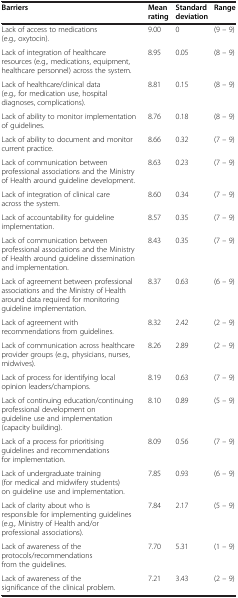
| Barriers | Mean rating | Standard deviation | Range |
 | --- | --- | --- | --- |
 | Lack of access to medications (e.g., oxytocin). | 9.00 | 0 | (9 – 9) |
 | Lack of integration of healthcare resources (e.g., medications, equipment, healthcare personnel) across the system. | 8.95 | 0.05 | (8 – 9) |
 | Lack of healthcare/clinical data (e.g., for medication use, hospital diagnoses, complications). | 8.81 | 0.15 | (8 – 9) |
 | Lack of ability to monitor implementation of guidelines. | 8.76 | 0.18 | (8 – 9) |
 | Lack of ability to document and monitor current practice. | 8.66 | 0.32 | (7 – 9) |
 | Lack of communication between professional associations and the Ministry of Health around guideline development. | 8.63 | 0.23 | (7 – 9) |
 | Lack of integration of clinical care across the system. | 8.60 | 0.34 | (7 – 9) |
 | Lack of accountability for guideline implementation. | 8.57 | 0.35 | (7 – 9) |
 | Lack of communication between professional associations and the Ministry of Health around guideline dissemination and implementation. | 8.43 | 0.35 | (7 – 9) |
 | Lack of agreement between professional associations and the Ministry of Health around data required for monitoring guideline implementation. | 8.37 | 0.63 | (6 – 9) |
 | Lack of agreement with recommendations from guidelines. | 8.32 | 2.42 | (2 – 9) |
 | Lack of communication across healthcare provider groups (e.g., physicians, nurses, midwives). | 8.26 | 2.89 | (2 – 9) |
 | Lack of process for identifying local opinion leaders/champions. | 8.19 | 0.63 | (7 – 9) |
 | Lack of continuing education/continuing professional development on guideline use and implementation (capacity building). | 8.10 | 0.89 | (5 – 9) |
 | Lack of a process for prioritising guidelines and recommendations for implementation. | 8.09 | 0.56 | (7 – 9) |
 | Lack of undergraduate training (for medical and midwifery students) on guideline use and implementation. | 7.85 | 0.93 | (6 – 9) |
 | Lack of clarity about who is responsible for implementing guidelines (e.g., Ministry of Health and/or professional associations). | 7.84 | 2.17 | (5 – 9) |
 | Lack of awareness of the protocols/recommendations from the guidelines. | 7.70 | 5.31 | (1 – 9) |
 | Lack of awareness of the significance of the clinical problem. | 7.21 | 3.43 | (2 – 9) |